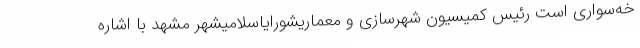
خه‌سواری است رئیس کمیسیون شهرسازی و معماریشورایاسلامیشهر مشهد با اشاره